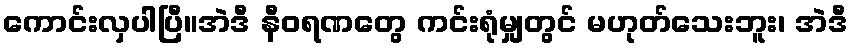
ကောင်းလှပါပြီ။အဲဒီ နီဝရဏတွေ ကင်းရုံမျှတွင် မဟုတ်သေးဘူး၊ အဲဒီ